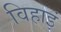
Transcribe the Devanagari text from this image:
विहाइं